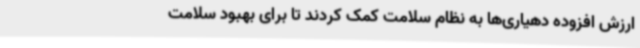
ارزش افزوده دهیاری‌ها به نظام سلامت کمک کردند تا برای بهبود سلامت